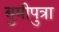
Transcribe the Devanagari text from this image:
बुमीपुत्रा